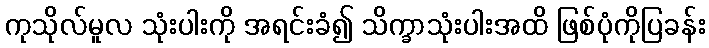
ကုသိုလ်မူလ သုံးပါးကို အရင်းခံ၍ သိက္ခာသုံးပါးအထိ ဖြစ်ပုံကိုပြခန်း